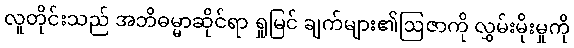
လူတိုင်းသည် အဘိဓမ္မာဆိုင်ရာ ရှုမြင် ချက်များ၏ဩဇာကို လွှမ်းမိုးမှုကို